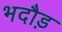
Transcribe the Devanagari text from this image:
भदौड़